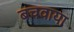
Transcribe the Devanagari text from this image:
बचवाया